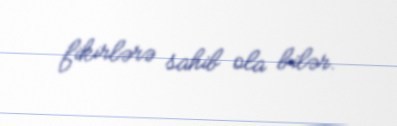
fikirlərə sahib ola bilər.